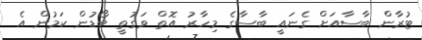
ޓުރާން ބާސާއަށް ގެނައީ ބާސާގެ މިހާރު އޮތް ވަގުތީ ބޯޑުން ކަމުން އެ